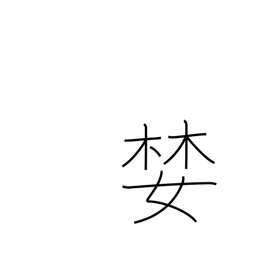
Meaning: covet